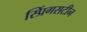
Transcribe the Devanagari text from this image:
स्प्रिंगसटीन